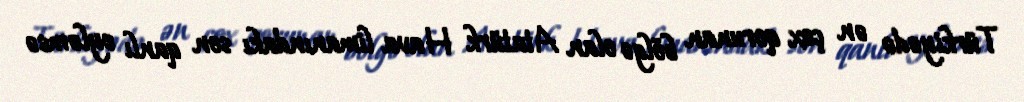
Türkiyədə ən çox qorunan bölgə olan Atatürk Hava limanındakı son qanlı eyləmsə